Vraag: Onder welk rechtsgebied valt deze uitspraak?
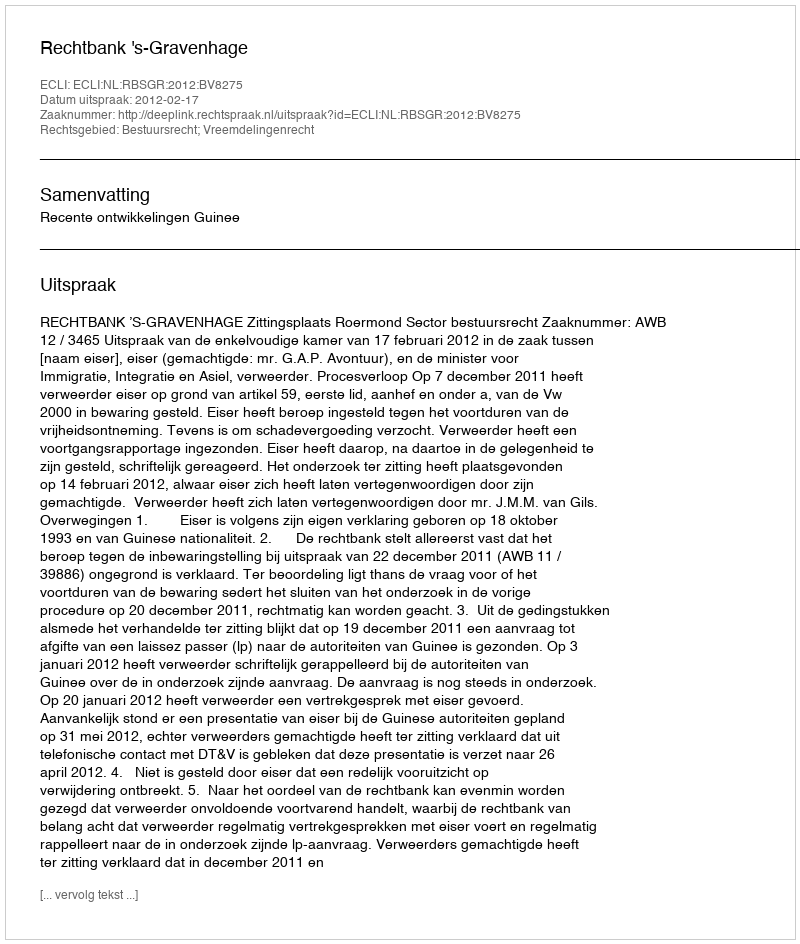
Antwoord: Bestuursrecht; Vreemdelingenrecht